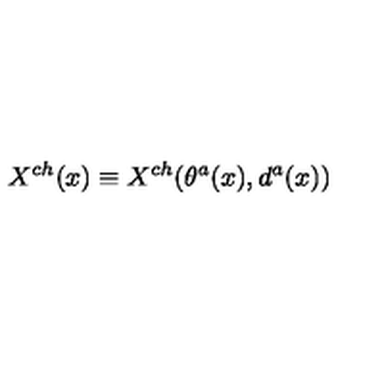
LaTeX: X ^ { c h } ( x ) \equiv X ^ { c h } ( \theta ^ { a } ( x ) , d ^ { a } ( x ) )